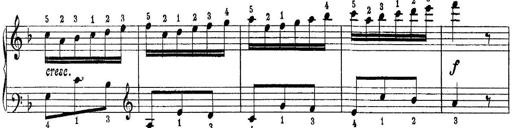
Title: Quatres sonatines
Composer: Tadeusz Joteyko